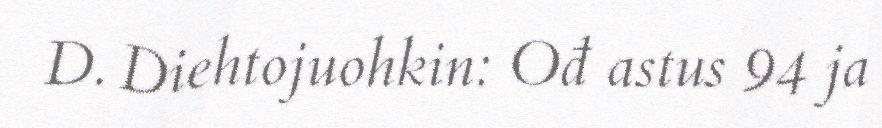
D. Diehtojuohkin: Ođ astus 94 ja